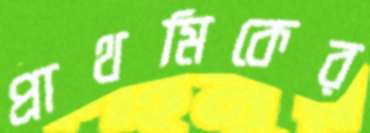
প্রাথমিকের